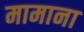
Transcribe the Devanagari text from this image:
मामाना